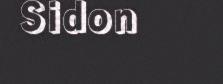
Sidon